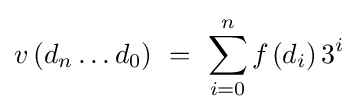
v\left(d_{n}\ldots d_{0}\right)~=~\sum _{i=0}^{n}f_{}\left(d_{i}\right)3^{i}